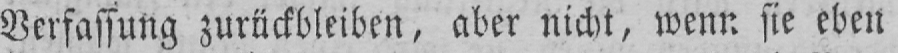
Verfassung zurückbleiben, aber nicht, wenn sie eben